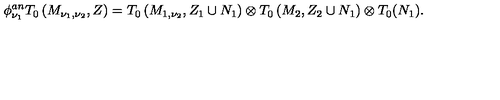
\phi _ { \nu _ { 1 } } ^ { a n } T _ { 0 } \left( M _ { \nu _ { 1 } , \nu _ { 2 } } , Z \right) = T _ { 0 } \left( M _ { 1 , \nu _ { 2 } } , Z _ { 1 } \cup N _ { 1 } \right) \otimes T _ { 0 } \left( M _ { 2 } , Z _ { 2 } \cup N _ { 1 } \right) \otimes T _ { 0 } ( N _ { 1 } ) .